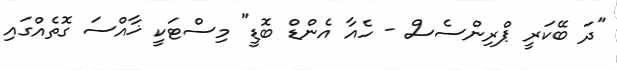
"ދަ ބޭކަރީ ޕްރިންސެސް - ހެއާ އެންޑް ބޮޑީ" މިސްޓަކީ ޚާއްސަ ގޮތެއްގައި